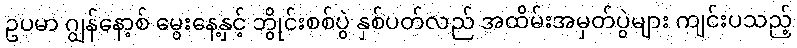
ဥပမာ ဂျွန်နော့စ် မွေးနေ့နှင့် ဘွိုင်းစစ်ပွဲ နှစ်ပတ်လည် အထိမ်းအမှတ်ပွဲများ ကျင်းပသည့်